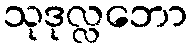
သုဒုလ္လဘော